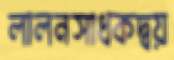
লালনসাধকদ্বয়